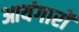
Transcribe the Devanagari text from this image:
आयंगारों